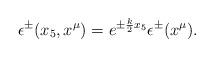
LaTeX: \begin{align*}\epsilon^\pm(x_5,x^\mu)=e^{\pm \frac{k}{2}x_5}\epsilon^{\pm}(x^\mu).\end{align*}